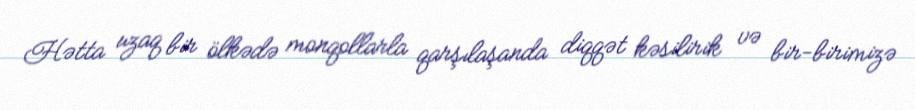
Hətta uzaq bir ölkədə monqollarla qarşılaşanda diqqət kəsilirik və bir-birimizə